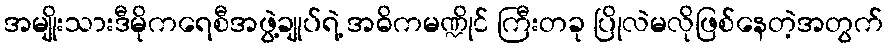
အမျိုးသားဒီမိုကရေစီအဖွဲ့ချုပ်ရဲ့ အဓိကမဏ္ဍိုင် ကြီးတခု ပြိုလဲမလိုဖြစ်နေတဲ့အတွက်